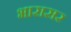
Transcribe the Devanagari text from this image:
भारासर